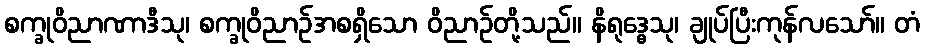
စက္ခုဝိညာဏာဒီသု၊ စက္ခုဝိညာဉ်အစရှိသော ဝိညာဉ်တို့သည်။ နိရုဒ္ဓေသု၊ ချုပ်ပြီးကုန်လသော်။ တံ